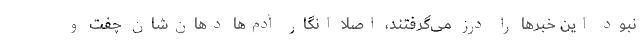
نبود این خبرها را درز می‌گرفتند، اصلاً انگار آدم‌ها دهان‌شان چفت و